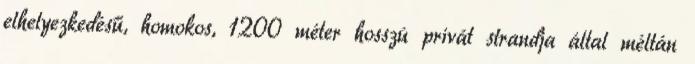
elhelyezkedésű, homokos, 1200 méter hosszú privát strandja által méltán